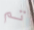
تم